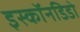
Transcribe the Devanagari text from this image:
इस्कॉनडिडो